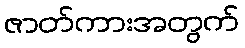
ဇာတ်ကားအတွက်